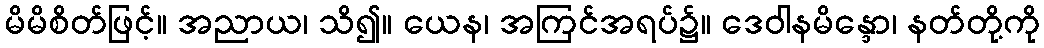
မိမိစိတ်ဖြင့်။ အညာယ၊ သိ၍။ ယေန၊ အကြင်အရပ်၌။ ဒေဝါနမိန္ဒော၊ နတ်တို့ကို